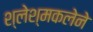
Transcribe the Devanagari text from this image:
श्लेश्मकलेने